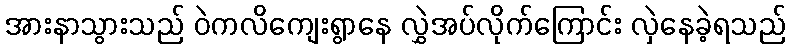
အားနာသွားသည် ဝဲကလိကျေးရွာနေ လွှဲအပ်လိုက်ကြောင်း လှဲနေခဲ့ရသည်